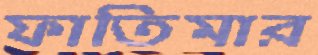
ফাতিমার